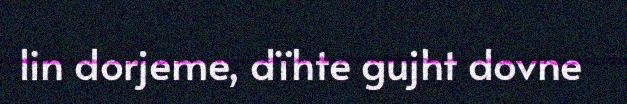
lin dorjeme, dïhte gujht dovne